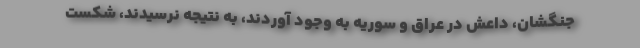
جنگشان، داعش در عراق و سوریه به وجود آوردند، به نتیجه نرسیدند، شکست